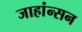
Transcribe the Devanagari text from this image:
जाहांन्सन